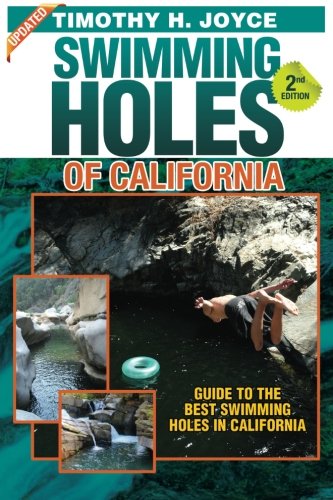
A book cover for Swimming Holes of California; Timothy H. Joyce; Sports & Outdoors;